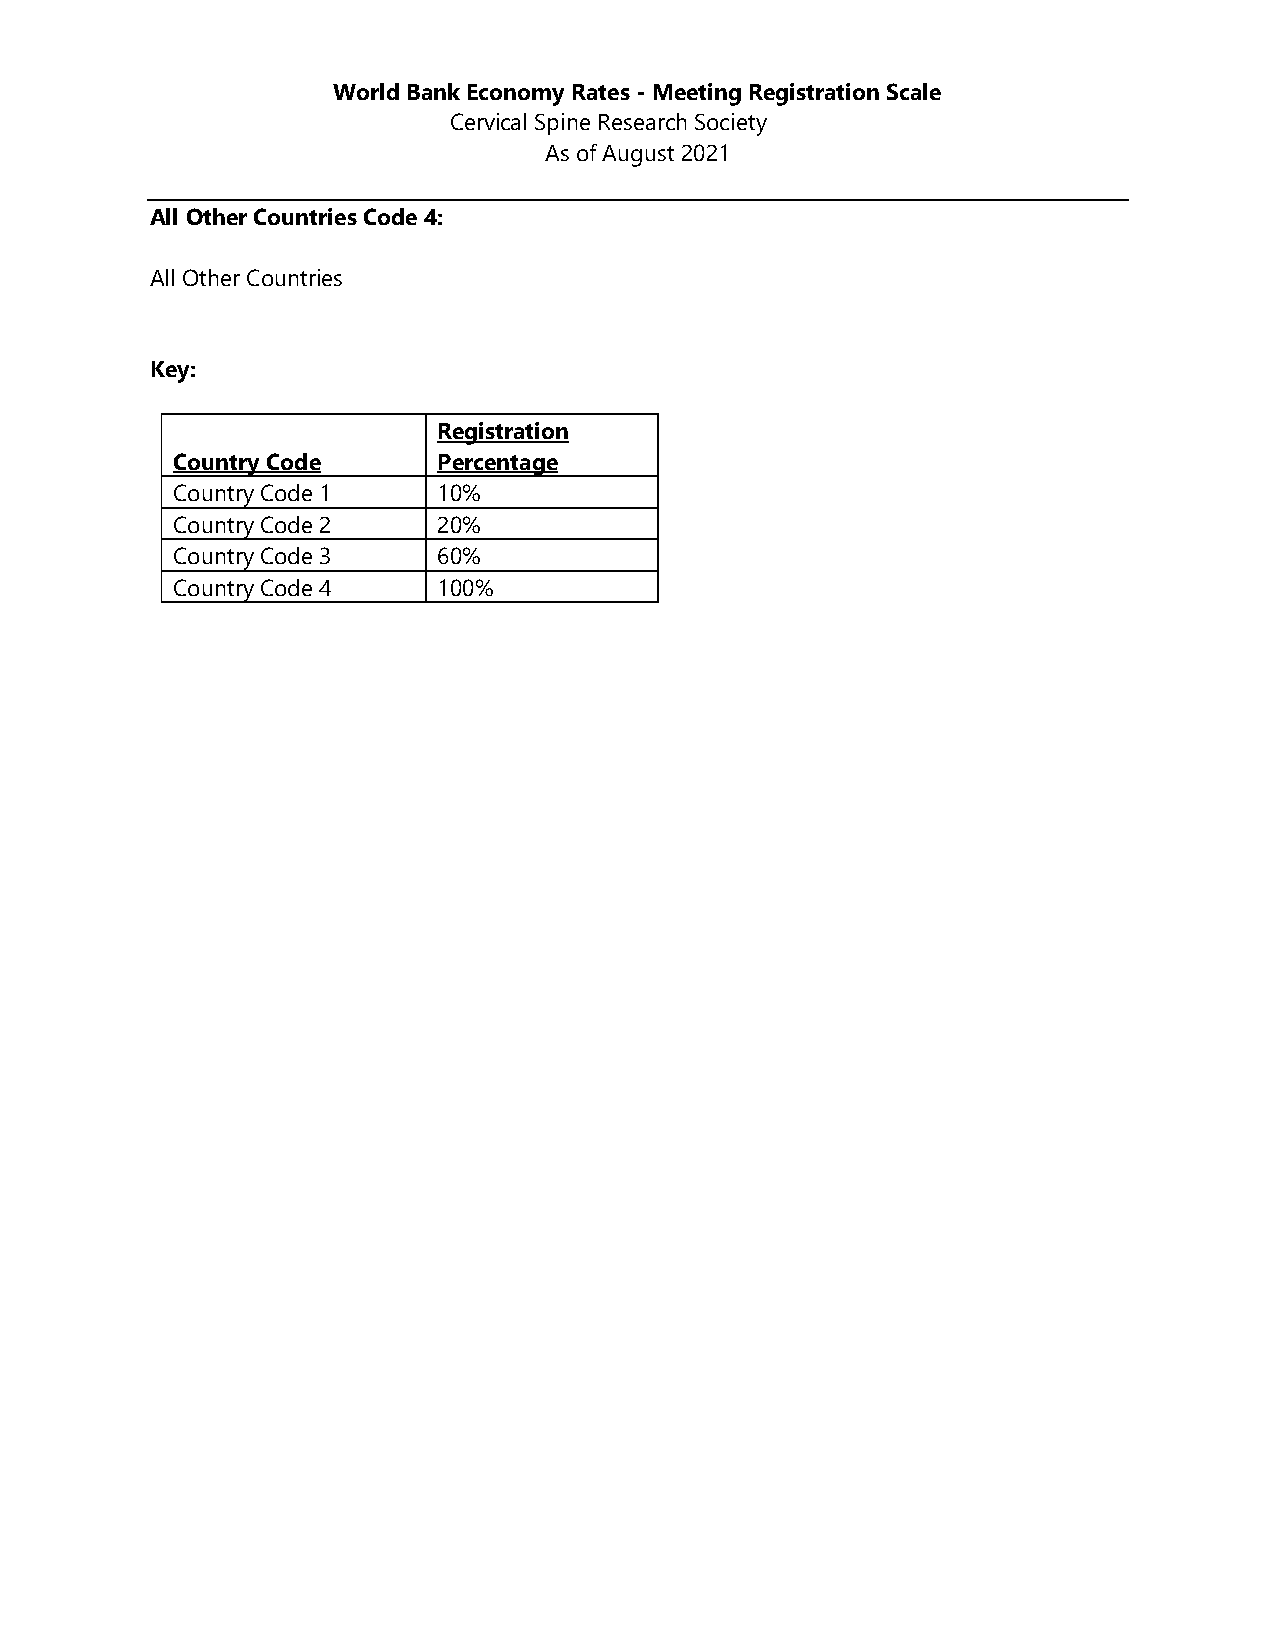
World Bank Economy Rates - Meeting Registration Scale
 Cervical Spine Research Society
 As of August 2021
 All Other Countries Code 4:
 All Other Countries
 Key:
 Registration
 Country Code      Percentage
 Country Code 1    10%
 Country Code 2    20%
 Country Code 3    60%
 Country Code 4    100%